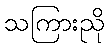
သကြားညို